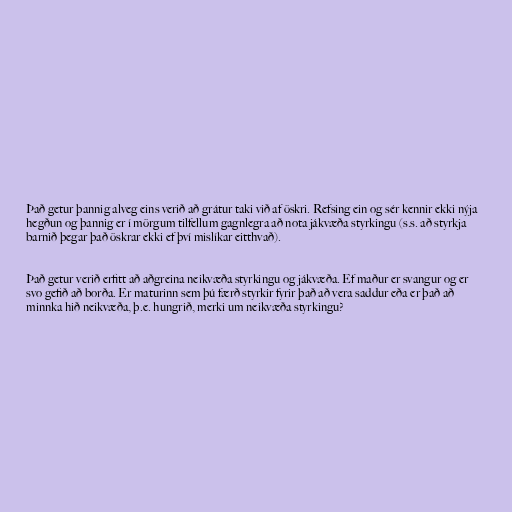
Það getur þannig alveg eins verið að grátur taki við af öskri. Refsing ein og sér kennir ekki nýja
hegðun og þannig er í mörgum tilfellum gagnlegra að nota jákvæða styrkingu (s.s. að styrkja
barnið þegar það öskrar ekki ef því mislíkar eitthvað).

Það getur verið erfitt að aðgreina neikvæða styrkingu og jákvæða. Ef maður er svangur og er
svo gefið að borða. Er maturinn sem þú færð styrkir fyrir það að vera saddur eða er það að
minnka hið neikvæða, þ.e. hungrið, merki um neikvæða styrkingu?